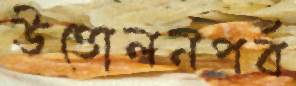
উত্তোলনপর্ব